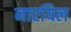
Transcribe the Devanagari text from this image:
नारयिल